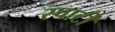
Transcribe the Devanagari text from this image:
स्पार्टी